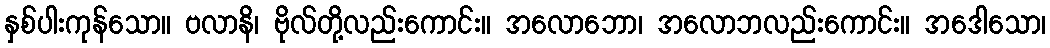
နှစ်ပါးကုန်သော။ ဗလာနိ၊ ဗိုလ်တို့လည်းကောင်း။ အလောဘော၊ အလောဘလည်းကောင်း။ အဒေါသော၊